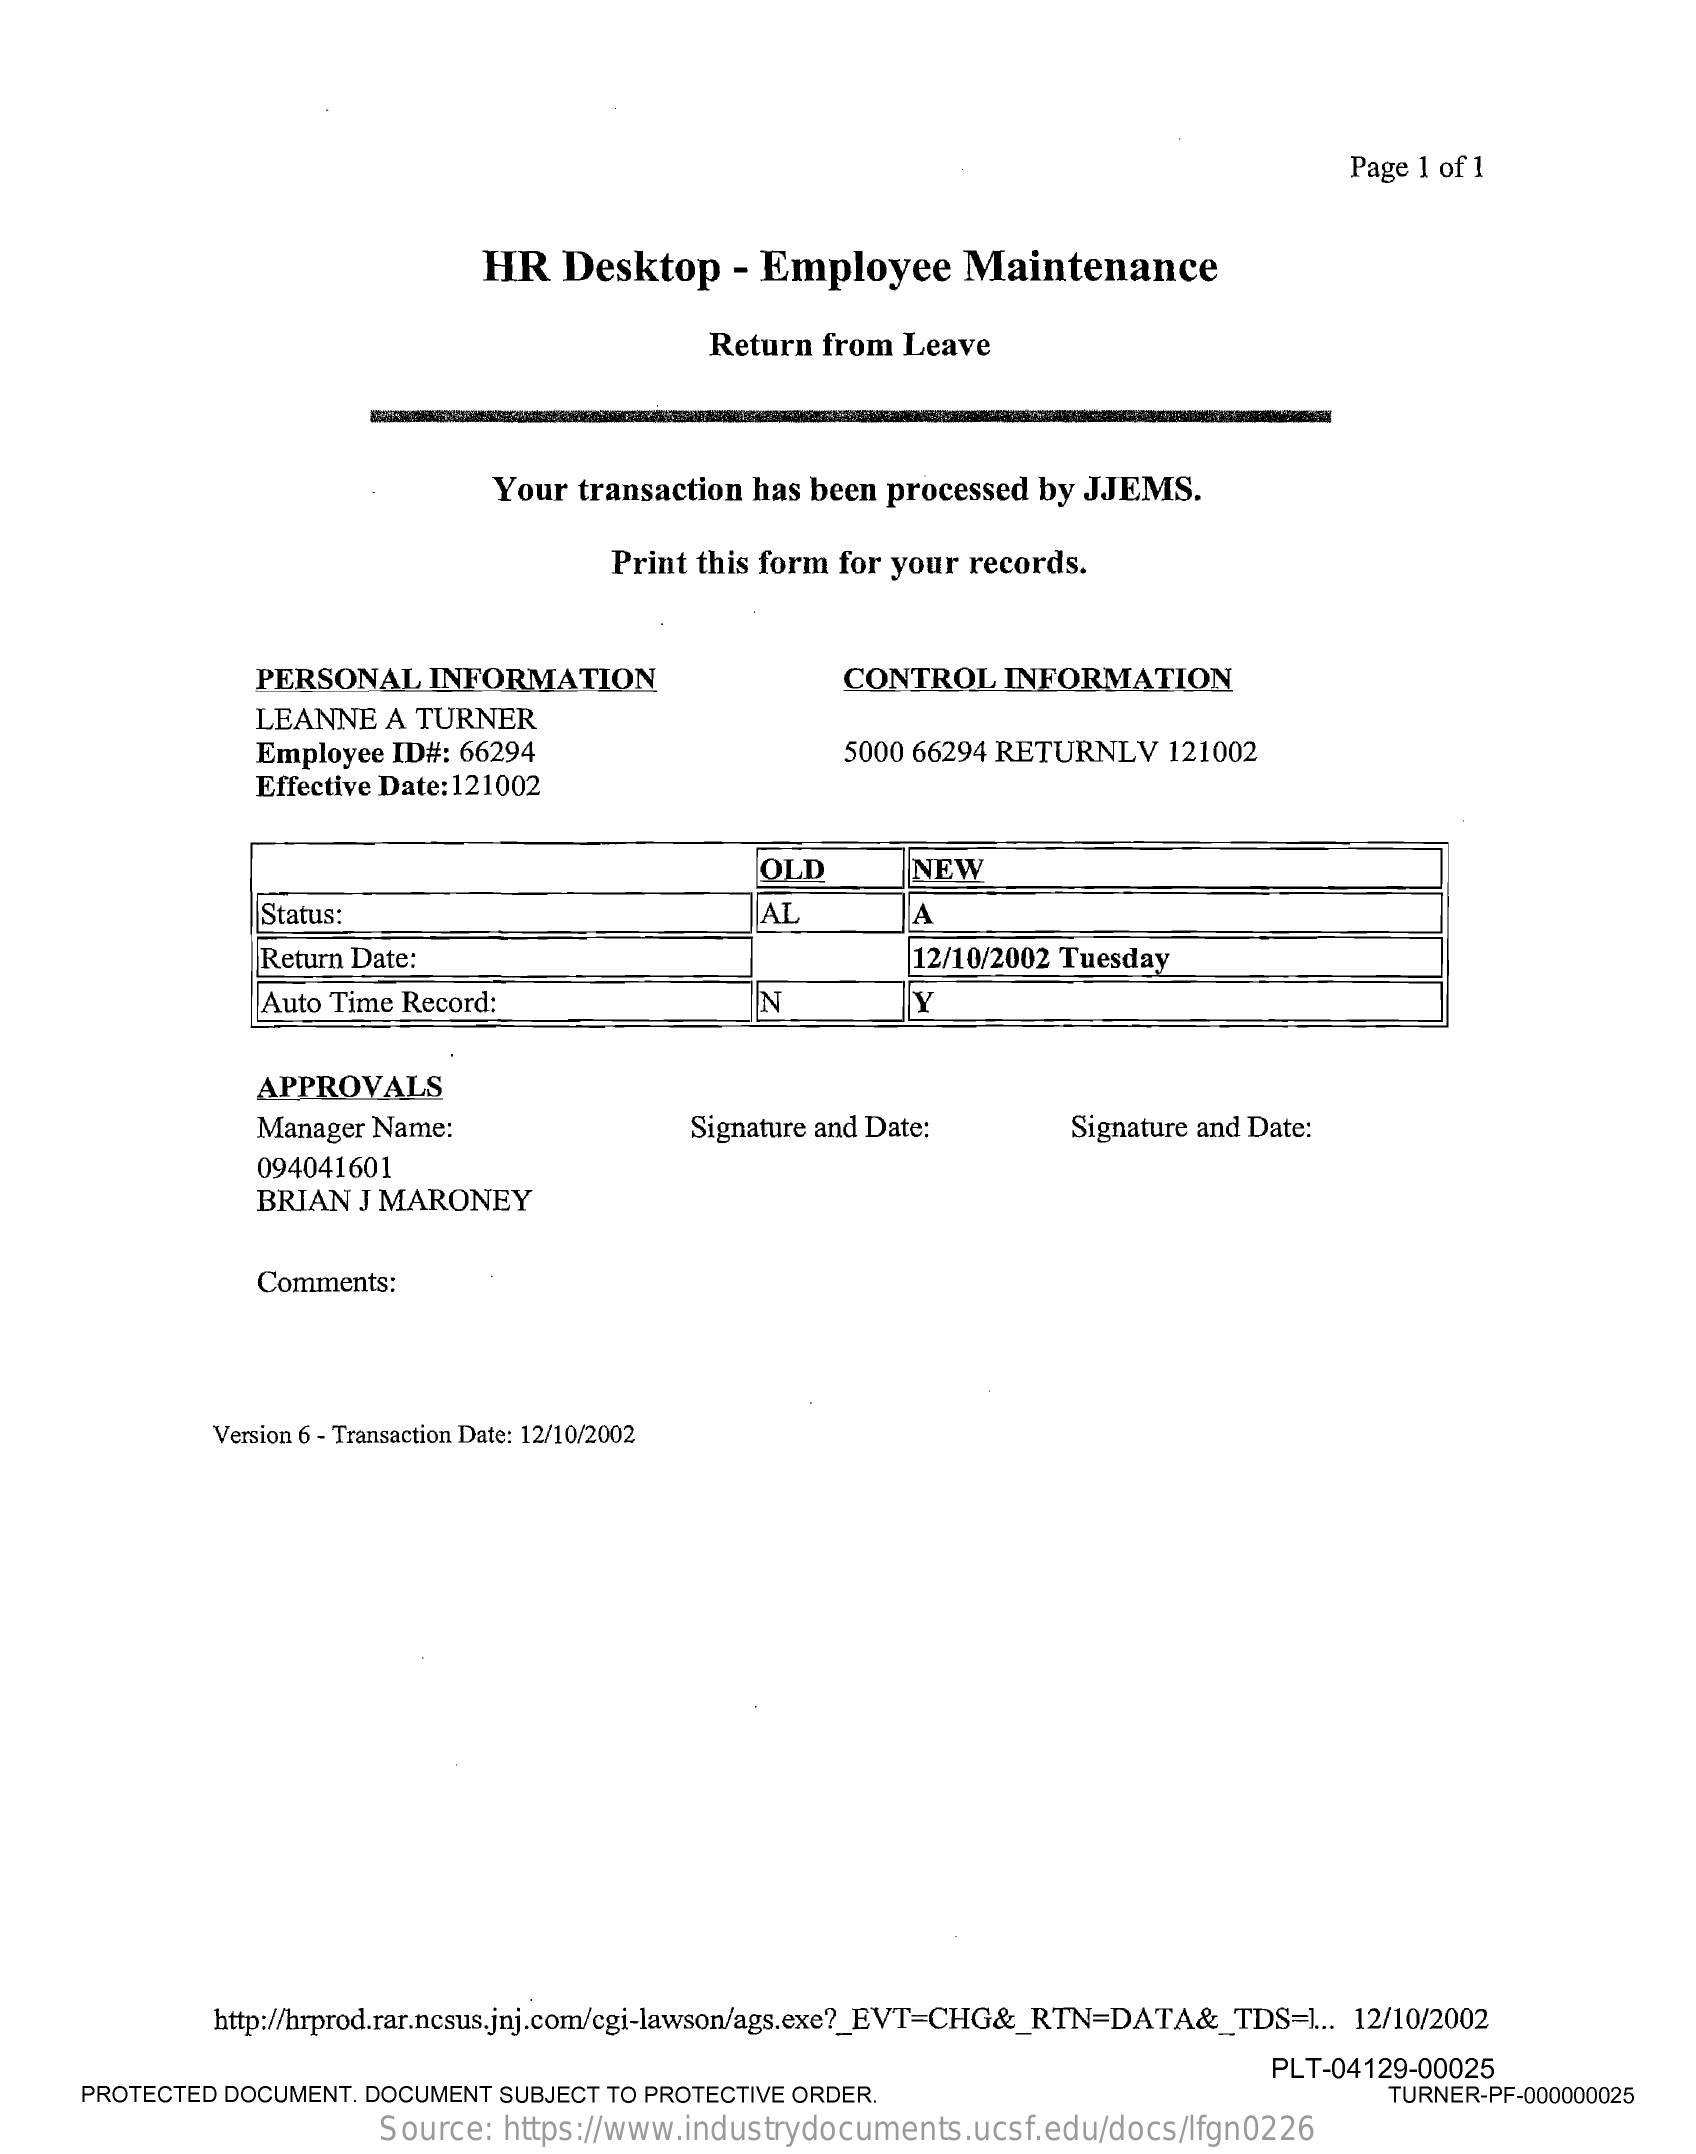
Page 1 of 1
     HR   Desktop    - Employee    Maintenance
     Return from  Leave
     Your  transaction has been processed by JJEMS.
     Print this form for your records.
     PERSONAL   INFORMATION    CONTROL    INFORMATION
     LEANNE   A TURNER
     Employee ID#: 66294    5000 66294 RETURNLV   121002
     Effective Date: 121002
     OLD    NEW
     Status:    AL    A
     Return Date:    12/10/2002 Tuesday
     Auto Time Record:    N
     APPROVALS
     Manager Name:    Signature and Date:    Signature and Date:
     094041601
     BRIAN  J MARONEY
     Comments:
     Version 6 - Transaction Date: 12/10/2002
     http://hrprod.rar.ncsus.jnj.com/cgi-lawson/ags.exe ?_ EVT=CHG&_RTN=DATA&_TDS=1 .. 12/10/2002
     PROTECTED DOCUMENT. DOCUMENT SUBJECT TO PROTECTIVE ORDER.
     PLT-04129-00025
     TURNER-PF-000000025
     Source: https://www.industrydocuments.ucsf.edu/docs/lfgn0226